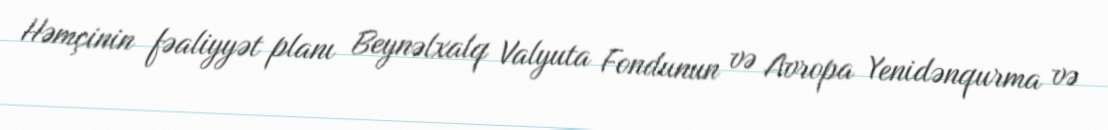
Həmçinin fəaliyyət planı Beynəlxalq Valyuta Fondunun və Avropa Yenidənqurma və